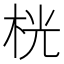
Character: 桄